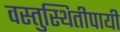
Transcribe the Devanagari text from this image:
वस्तुस्थितीपायी